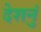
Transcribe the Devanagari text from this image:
देशनुं